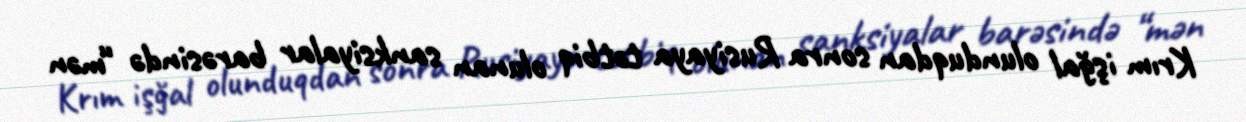
Krım işğal olunduqdan sonra Rusiyaya tətbiq olunan sanksiyalar barəsində “mən